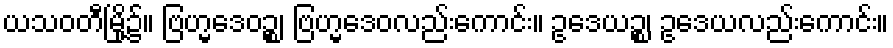
ယသဝတီမြို့၌။ ဗြဟ္မဒေဝဉ္စ၊ ဗြဟ္မဒေဝလည်းကောင်း။ ဥဒေယဉ္စ၊ ဥဒေယလည်းကောင်း။